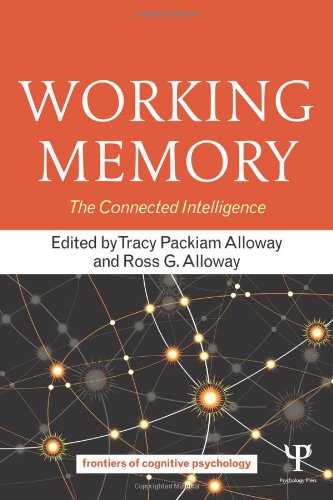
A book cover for Working Memory: The Connected Intelligence (Frontiers of Cognitive Psychology); Self-Help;